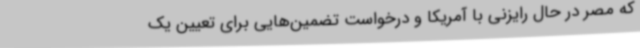
که مصر در حال رایزنی با آمریکا و درخواست تضمین‌هایی برای تعیین یک